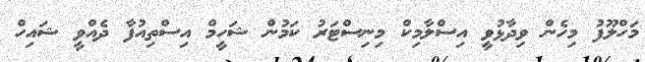
މަހްލޫފު މިހެން ވިދާޅުވީ އިސްލާމިކް މިނިސްޓަރު ކަމުން ޝަހީމް އިސްތިއުފާ ދެއްވީ ޝައިހް